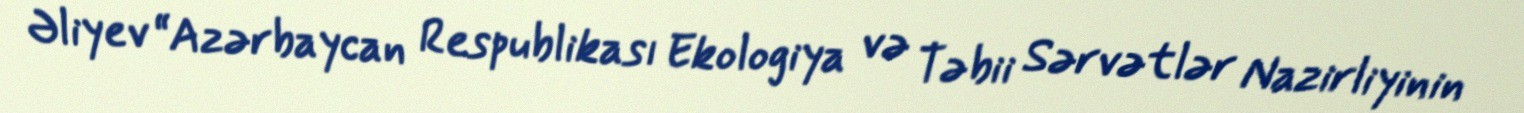
Əliyev “Azərbaycan Respublikası Ekologiya və Təbii Sərvətlər Nazirliyinin